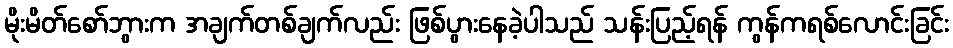
မိုးမိတ်စော်ဘွားက အချက်တစ်ချက်လည်း ဖြစ်ပွားနေခဲ့ပါသည် သန်းပြည့်ရန် ကွန်ကရစ်လောင်းခြင်း